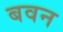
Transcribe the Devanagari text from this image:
बवन